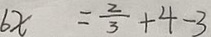
6 x = \frac { 2 } { 3 } + 4 - 3